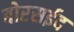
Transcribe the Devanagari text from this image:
बोरसईद